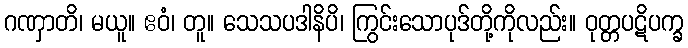
ဂဏှာတိ၊ မယူ။ ဧဝံ၊ တူ။ သေသပဒါနိပိ၊ ကြွင်းသောပုဒ်တို့ကိုလည်း။ ဝုတ္တပဋိပက္ခ